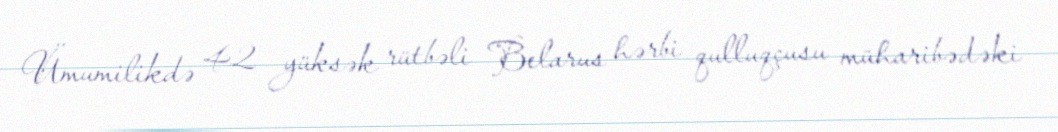
Ümumilikdə 42 yüksək rütbəli Belarus hərbi qulluqçusu müharibədəki